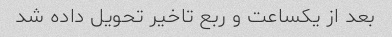
بعد از یکساعت و ربع تاخیر تحویل داده شد